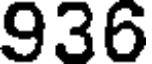
936